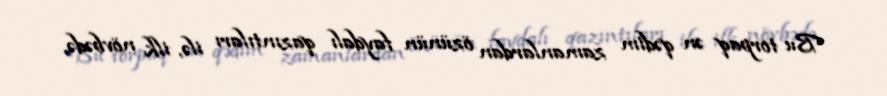
Bu torpaq ən qədim zamanlardan özünün faydalı qazıntıları ilə, ilk növbədə,